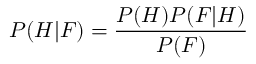
P ( H | F ) = { \frac { P ( H ) P ( F | H ) } { P ( F ) } }